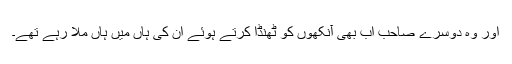
اور وہ دوسرے صاحب اب بھی آنکھوں کو ٹھنڈا کرتے ہوئے ان کی ہاں میں ہاں ملا رہے تھے۔